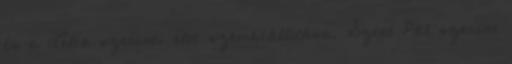
és a Lélek szerinti élet szembeállítása. Szent Pál szerint